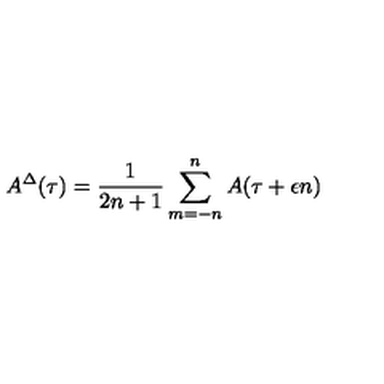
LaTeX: A ^ { \Delta } ( \tau ) = \frac { 1 } { 2 n + 1 } \sum _ { m = - n } ^ { n } A ( \tau + \epsilon n )